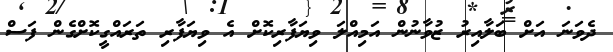
ދެވަނަ އަށް ބަލާއިރު ޒުވާނުން އަމިއްލަ ވިޔަފާރިކޮށް އެ ވިޔަފާރި ތަރައްގީކޮށްގެން ފަސް